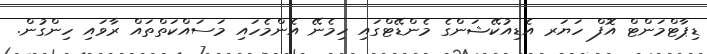
ޑިޕާޓްމަންޓް އޮފް ހަޔަރ އެޑިއުކޭޝަންގެ މެންޑޭޓްގައި ހިމެނޭ އެންމެހައި މަސައްކަތްތައް ރާވައި ހިންގުން.